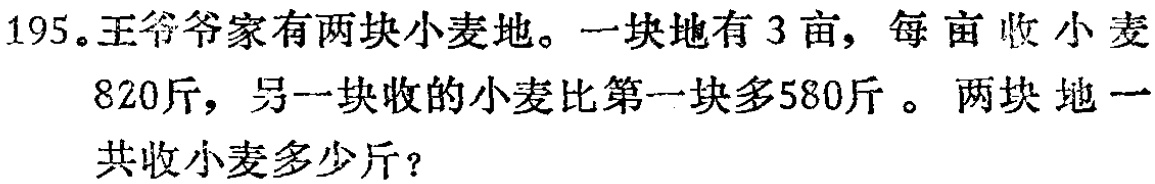
195。王爷爷家有两块小麦地。一块地有3亩，每亩收小麦820斤，另一块收的小麦比第一块多580斤。两块地一共收小麦多少斤？